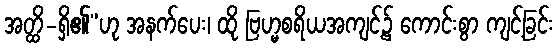
အတ္ထိ-ရှိ၏”ဟု အနက်ပေး၊ ထို ဗြဟ္မစရိယအကျင့်၌ ကောင်းစွာ ကျင့်ခြင်း